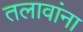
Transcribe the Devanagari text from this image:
तलावांना